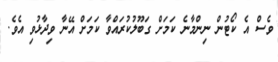
ވެސް އެ ކޯޓުން ނިންމާނެ ކަމަށް ގަބޫލުކުރައްވާ ކަމަށް އޭނާ ވިދާޅުވި އެވެ.